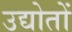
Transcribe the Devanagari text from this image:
उद्योतों